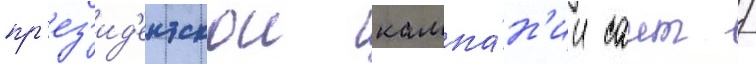
пр'ез'ид'ентскои кампа́н'ии саит /